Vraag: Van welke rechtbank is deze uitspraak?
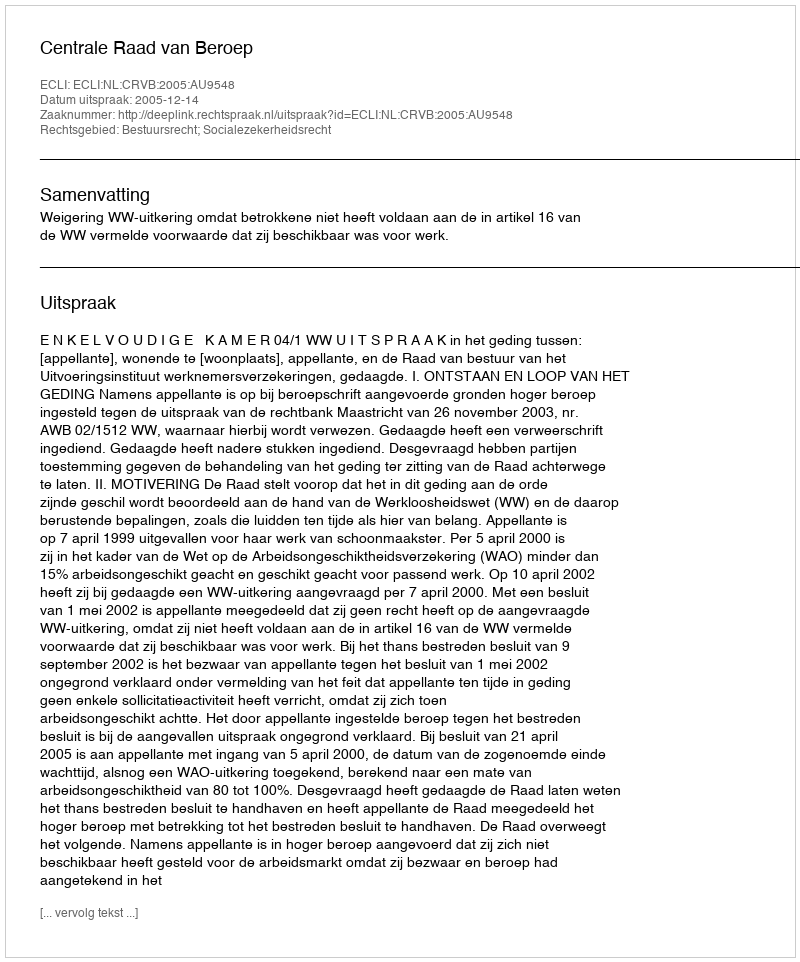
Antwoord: Centrale Raad van Beroep